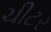
ચીટર